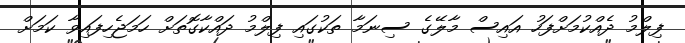
ފިލްމު ދެއްކުމަށްފަހު އައިސް މާލޭގެ ސިނަމާ ތަކުގައި ފިލްމު ދައްކާގޮތަށް ހަމަޖެހިފައިވާ ކަމަށް